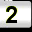
Digit: 2